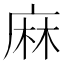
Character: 麻